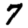
Digit: 7